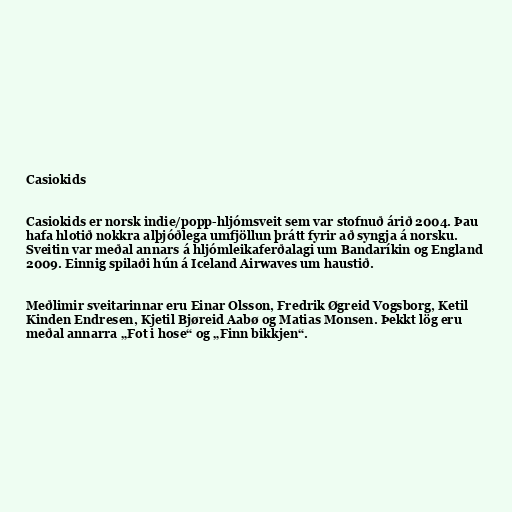
Casiokids

Casiokids er norsk indie/popp-hljómsveit sem var stofnuð árið 2004. Þau
hafa hlotið nokkra alþjóðlega umfjöllun þrátt fyrir að syngja á norsku.
Sveitin var meðal annars á hljómleikaferðalagi um Bandaríkin og England
2009. Einnig spilaði hún á Iceland Airwaves um haustið.

Meðlimir sveitarinnar eru Einar Olsson, Fredrik Øgreid Vogsborg, Ketil
Kinden Endresen, Kjetil Bjøreid Aabø og Matias Monsen. Þekkt lög eru
meðal annarra „Fot i hose“ og „Finn bikkjen“.